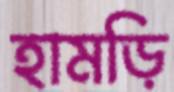
হামড়ি